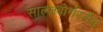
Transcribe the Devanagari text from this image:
साल्ज़बोर्गरलैंड